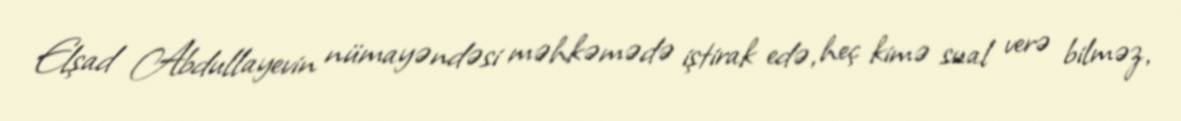
Elşad Abdullayevin nümayəndəsi məhkəmədə iştirak edə, heç kimə sual verə bilməz,